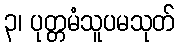
၃၊ ပုတ္တမံသူပမသုတ်